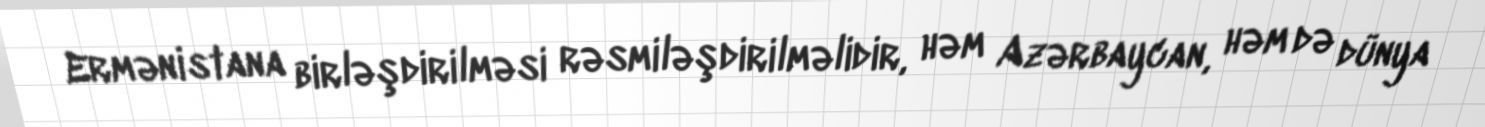
Ermənistana birləşdirilməsi rəsmiləşdirilməlidir, həm Azərbaycan, həm də dünya